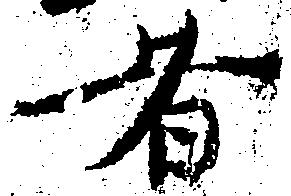
者